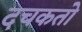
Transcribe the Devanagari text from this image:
दचकतो